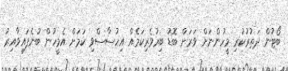
ބޯޓުން ދަތުރުކުރި މީހުންނަށް ވަރަށް ބޮޑު ބިރުވެރިކަމެއް އިހުސާސްވި ކަމަށް އެމީހުން ބުނެފައިވާއިރު